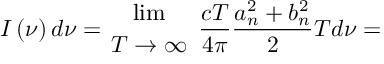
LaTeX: I \left( \nu \right) d \nu = { { \operatorname * { l i m } } \atop { T \to \infty } } ~ \frac { c T } { 4 \pi } \frac { a _ { n } ^ { 2 } + b _ { n } ^ { 2 } } { 2 } T d \nu =